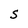
Character: S